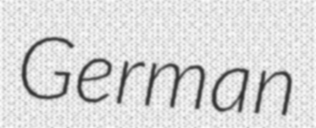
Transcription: German